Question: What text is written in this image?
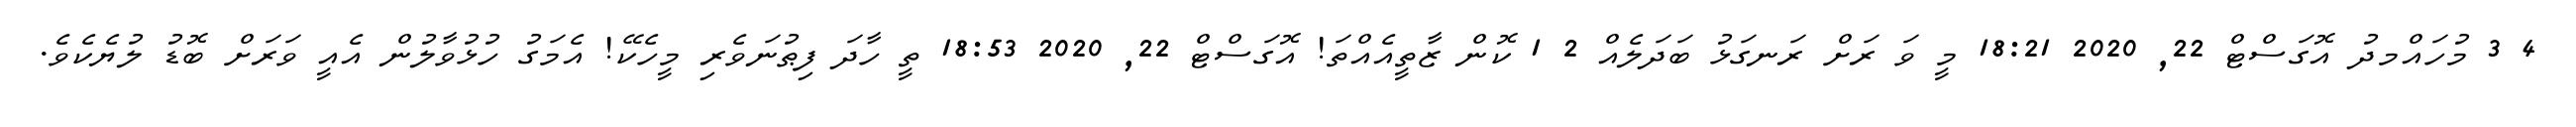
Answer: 4 3 މުހައްމދު އޮގަސްޓް 22, 2020 18:21 މީ ވަ ރަށް ރަނގަޅު ބަދަލެއް 2 1 ކޮން ޒާތީއެއްތަ! އޮގަސްޓް 22, 2020 18:53 ތީ ހާދަ ފިޠުނަވެރި މީހެކޭ! އެމަގު ހުޅުވާލުން އެއީ ވަރަށް ބޮޑު ލުޔެކެވެ.